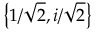
\left\{ 1 / { \sqrt { 2 } } , i / { \sqrt { 2 } } \right\}